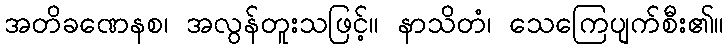
အတိခဏေနစ၊ အလွန်တူးသဖြင့်။ နာသိတံ၊ သေကြေပျက်စီး၏။